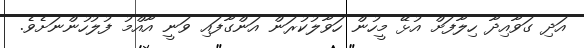
އަދި ގަވާއިދާ ހިލާފަށް އުޅޭ މީހުން ހަވާލުކުރަން އަންގާފައި ވަނީ އާއްމު ފުލުހުންނަށެވެ.